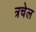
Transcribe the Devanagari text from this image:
त्रचेल